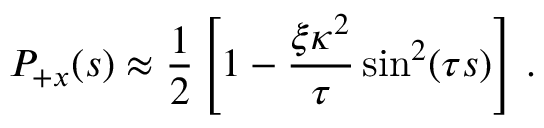
P _ { + x } ( s ) \approx \frac { 1 } { 2 } \left[ 1 - \frac { \xi \kappa ^ { 2 } } { \tau } \sin ^ { 2 } ( \tau s ) \right] \, .